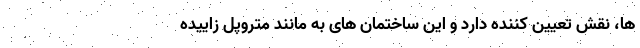
ها، نقش تعیین کننده دارد و این ساختمان های به مانند متروپل زاییده